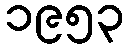
၁၉၅၃